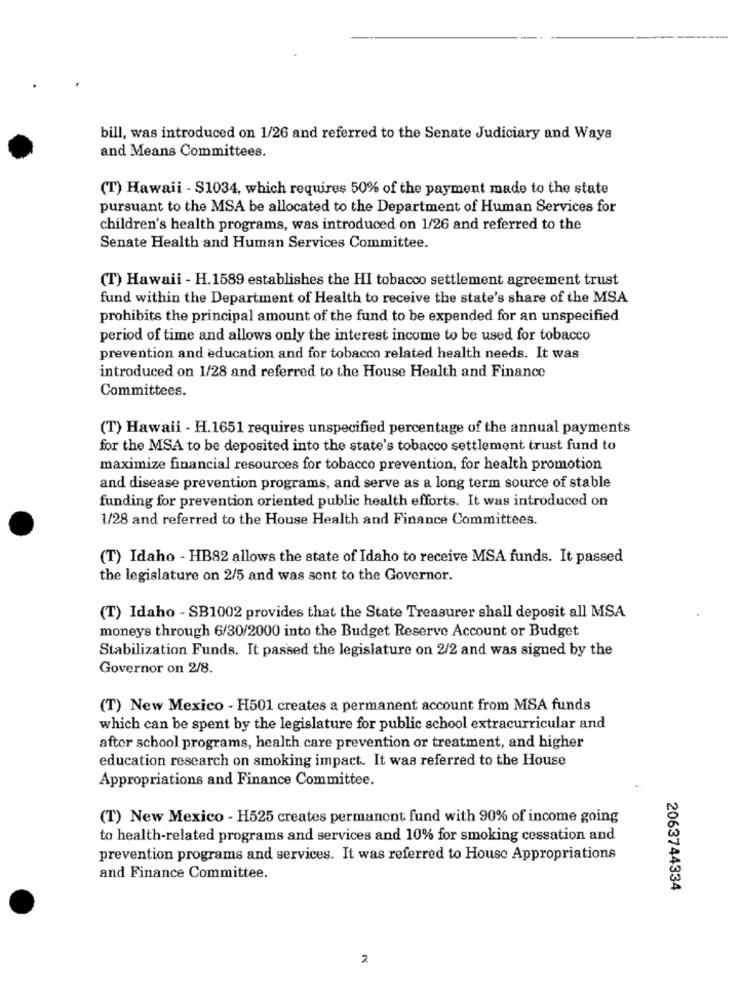
bill, was introduced on 1/26 and referred to the Senate Judiciary and Ways
and Means Committees.
(T) Hawaii - $1034, which requires 50% of the payment made to the state
pursuant to the MSA be allocated to the Department of Human Services for
children's health programs, was introduced on 1/26 and referred to the
Senate Health and Human Services Committee.
(T) Hawaii - H.1589 establishes the HI tobacco settlement agreement trust
fund within the Department of Health to receive the state's share of the MSA
prohibits the principal amount of the fund to be expended for an unspecified
period of time and allows only the interest income to be used for tobacco
prevention and education and for tobacco related health needs. It was
introduced on 1/28 and referred to the House Health and Finance
Committees.
(T) Hawaii - H.1651 requires unspecified percentage of the annual payments
for the MSA to be deposited into the state's tobacco settlement trust fund to
maximize financial resources for tobacco prevention, for health promotion
and disease prevention programs, and serve as a long term source of stable
funding for prevention oriented public health efforts. It was introduced on
1/28 and referred to the House Health and Finance Committees.
(T) Idaho - HB82 allows the state of Idaho to receive MSA funds. It passed
the legislature on 2/5 and was sent to the Governor.
(T) Idaho - SB1002 provides that the State Treasurer shall deposit all MSA
moneys through 6/30/2000 into the Budget Reserve Account or Budget
Stabilization Funds. It passed the legislature on 2/2 and was signed by the
Governor on 2/8.
(T) New Mexico - H501 creates a permanent account from MSA funds
which can be spent by the legislature for public school extracurricular and
after school programs, health care prevention or treatment, and higher
education research on smoking impact. It was referred to the House
Appropriations and Finance Committee.
(T) New Mexico - H525 creates permanent fund with 90% of income going
to health-related programs and services and 10% for smoking cessation and
prevention programs and services. It was referred to House Appropriations
and Finance Committee.
2063744334
2